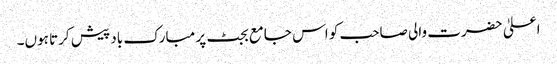
اعلیٰ حضرت والی صاحب کو اس جامع بجٹ پر مبارک باد پیش کرتا ہوں۔